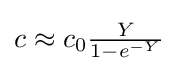
{\textstyle c\approx c_{0}{\frac {Y}{1-e^{-Y}}}}